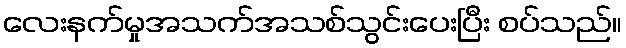
လေးနက်မှုအသက်အသစ်သွင်းပေးပြီး စပ်သည်။